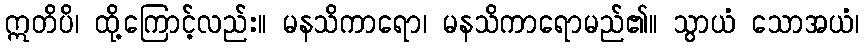
ဣတိပိ၊ ထို့ကြောင့်လည်း။ မနသိကာရော၊ မနသိကာရောမည်၏။ သွာယံ သောအယံ၊